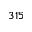
3 1 5